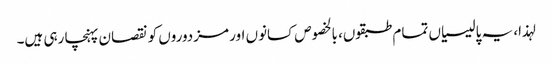
لہذا، یہ پالیسیاں تمام طبقوں، بالخصوص کسانوں اور مزدوروں کو نقصان پہنچا رہی ہیں۔